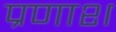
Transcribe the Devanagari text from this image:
प्रणाश